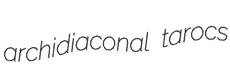
archidiaconal tarocs